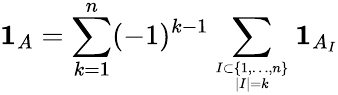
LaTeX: \mathbf{1}_{A}=\sum_{k=1}^{n}(-1)^{k-1}\sum_{I\subset\{ 1,\ldots,n\} \atop|I|=k}\mathbf{1}_{A_{I}}